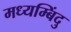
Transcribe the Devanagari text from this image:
मध्यम्बिंदु